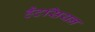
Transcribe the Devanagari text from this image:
हैटसियन